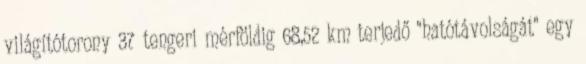
világítótorony 37 tengeri mérföldig 68,52 km terjedő "hatótávolságát" egy